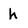
Character: h